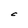
Character: C